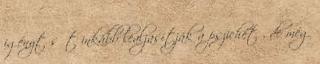
igényt sőt inkább lealjasítják a pszichét , de még